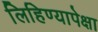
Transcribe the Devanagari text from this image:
लिहिण्यापेक्षा